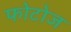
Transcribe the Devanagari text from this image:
फोटोज